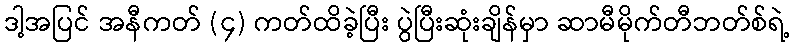
ဒါ့အပြင် အနီကတ် (၄) ကတ်ထိခဲ့ပြီး ပွဲပြီးဆုံးချိန်မှာ ဆာမီမိုက်တီဘတ်စ်ရဲ့